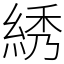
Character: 綉